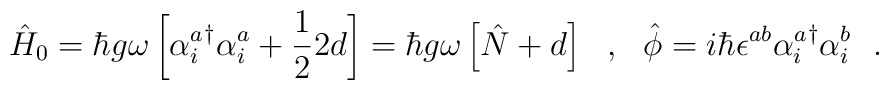
\hat{H}_0=\hbar g\omega\left[{\alpha^a_i}^\dagger\alpha^a_i+\frac{1}{2}2d\right]=\hbar g\omega\left[\hat{N}+d\right]\ \ ,\ \ \hat{\phi}=i\hbar\epsilon^{ab}{\alpha^a_i}^\dagger\alpha^b_i\ \ .